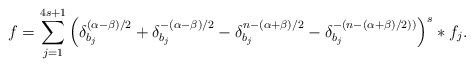
\begin{align*}f=\sum_{j=1}^{4s+1}\left(\delta_{b_j}^{(\alpha-\beta)/2}+\delta_{b_j}^{-(\alpha-\beta)/2}-\delta_{b_j}^{n-(\alpha+\beta)/2}-\delta_{b_j}^{-(n-(\alpha+\beta)/2))}\right)^{s}\ast f_j. \end{align*}